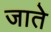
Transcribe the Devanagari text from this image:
जातेे